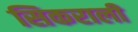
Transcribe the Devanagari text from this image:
सिकराली